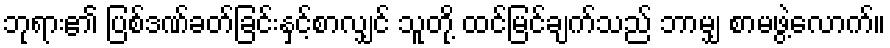
ဘုရား၏ ပြစ်ဒဏ်ခတ်ခြင်းနှင့်စာလျှင် သူတို့ ထင်မြင်ချက်သည် ဘာမျှ စာမဖွဲ့လောက်။